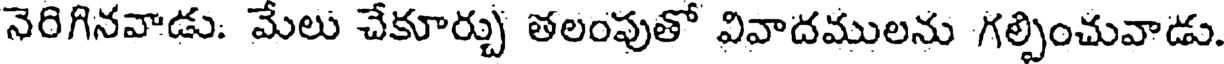
నెరిగినవాడు: మేలు చేకూర్చు తలంపుతో వివాదములను గల్పించువాడు.